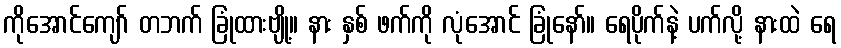
ကိုအောင်ကျော် တဘက် ခြုံထားဗျို့။ နား နှစ် ဖက်ကို လုံအောင် ခြုံနော်။ ရေပိုက်နဲ့ ပက်လို့ နားထဲ ရေ